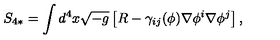
S _ { 4 * } = \int d ^ { 4 } x \sqrt { - g } \left[ R - \gamma _ { i j } ( \phi ) \nabla \phi ^ { i } \nabla \phi ^ { j } \right] ,